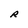
Character: R